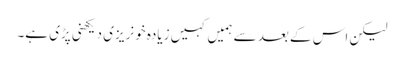
لیکن اس کے بعد سے ہمیں کہیں زیادہ خونریزی دیکھنی پڑی ہے۔